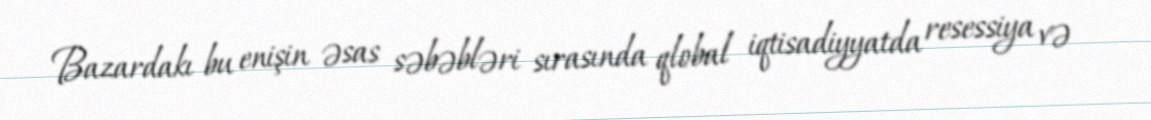
Bazardakı bu enişin əsas səbəbləri sırasında qlobal iqtisadiyyatda resessiya və